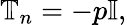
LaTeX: \mathbb{T}_{n}=-p\mathbb{I},